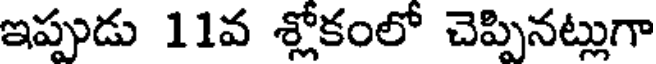
ఇప్పుడు 11వ శ్లోకంలో చెప్పినట్లుగా